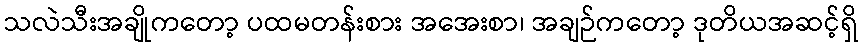
သလဲသီးအချိုကတော့ ပထမတန်းစား အအေးစာ၊ အချဉ်ကတော့ ဒုတိယအဆင့်ရှိ